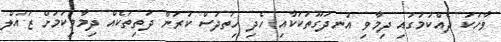
ވާހަކަ ދެއްކުމުގައި ދިމާވި އުނދަގޫތަކަކާއި ހެދި ހިތުދަސް ކުރަން ދަތިތަކެއް ދިމާވިކަމަށް ޒައުލް